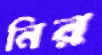
নির